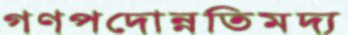
গণপদোন্নতিমদ্য